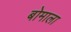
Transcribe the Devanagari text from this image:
बोमाला